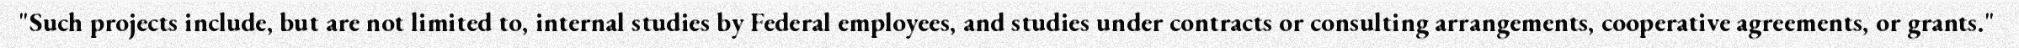
"Such projects include, but are not limited to, internal studies by Federal employees, and studies under contracts or consulting arrangements, cooperative agreements, or grants."